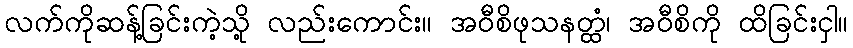
လက်ကိုဆန့်ခြင်းကဲ့သို့ လည်းကောင်း။ အဝီစိဖုသနတ္ထံ၊ အဝီစိကို ထိခြင်းငှါ။